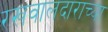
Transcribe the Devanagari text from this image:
रखवालदाराच्या